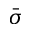
\bar { \sigma }